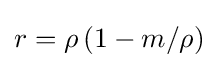
r=\rho \,(1-m/\rho )